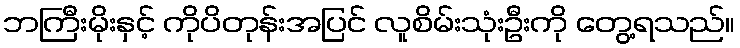
ဘကြီးမိုးနှင့် ကိုပိတုန်းအပြင် လူစိမ်းသုံးဦးကို တွေ့ရသည်။